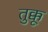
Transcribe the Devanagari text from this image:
तुक्कू